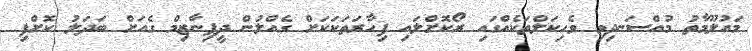
މައުލޫމާތު މުއްސަނދިވި ވެހިކަލްތަކެއްގައި ރޯކޮށްލައި ފިހާރަތަކަކަށް ގެއްލުން ދީފިނާޒިމް ގެއަށް ބަދަލު ކޮށްފި